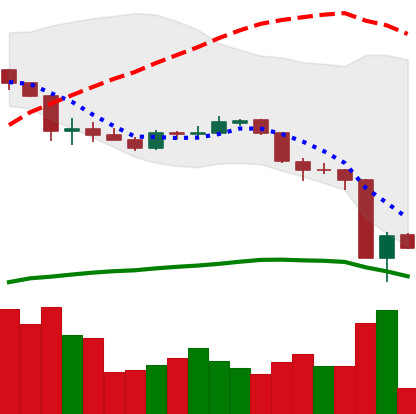
Ticker: ADA-USD
Chart end date: 2020-03-14
Forward return: 17.079%
Label: up_7plus